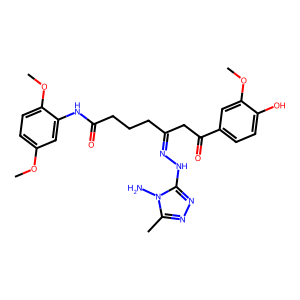
SMILES: COc1ccc(OC)c(NC(=O)CCCC(CC(=O)c2ccc(O)c(OC)c2)=NNc2nnc(C)n2N)c1
Inhibits HIV replication: No